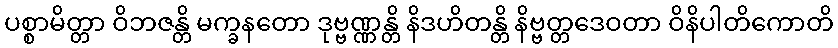
ပစ္စာမိတ္တာ ဝိဘဇန္တိ မက္ခနတော ဒုဗ္ဗဏ္ဏန္တိ နိဒဟိတန္တိ နိဗ္ဗတ္တဒေဝတာ ဝိနိပါတိကောတိ